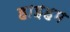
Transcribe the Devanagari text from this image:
हाइहम